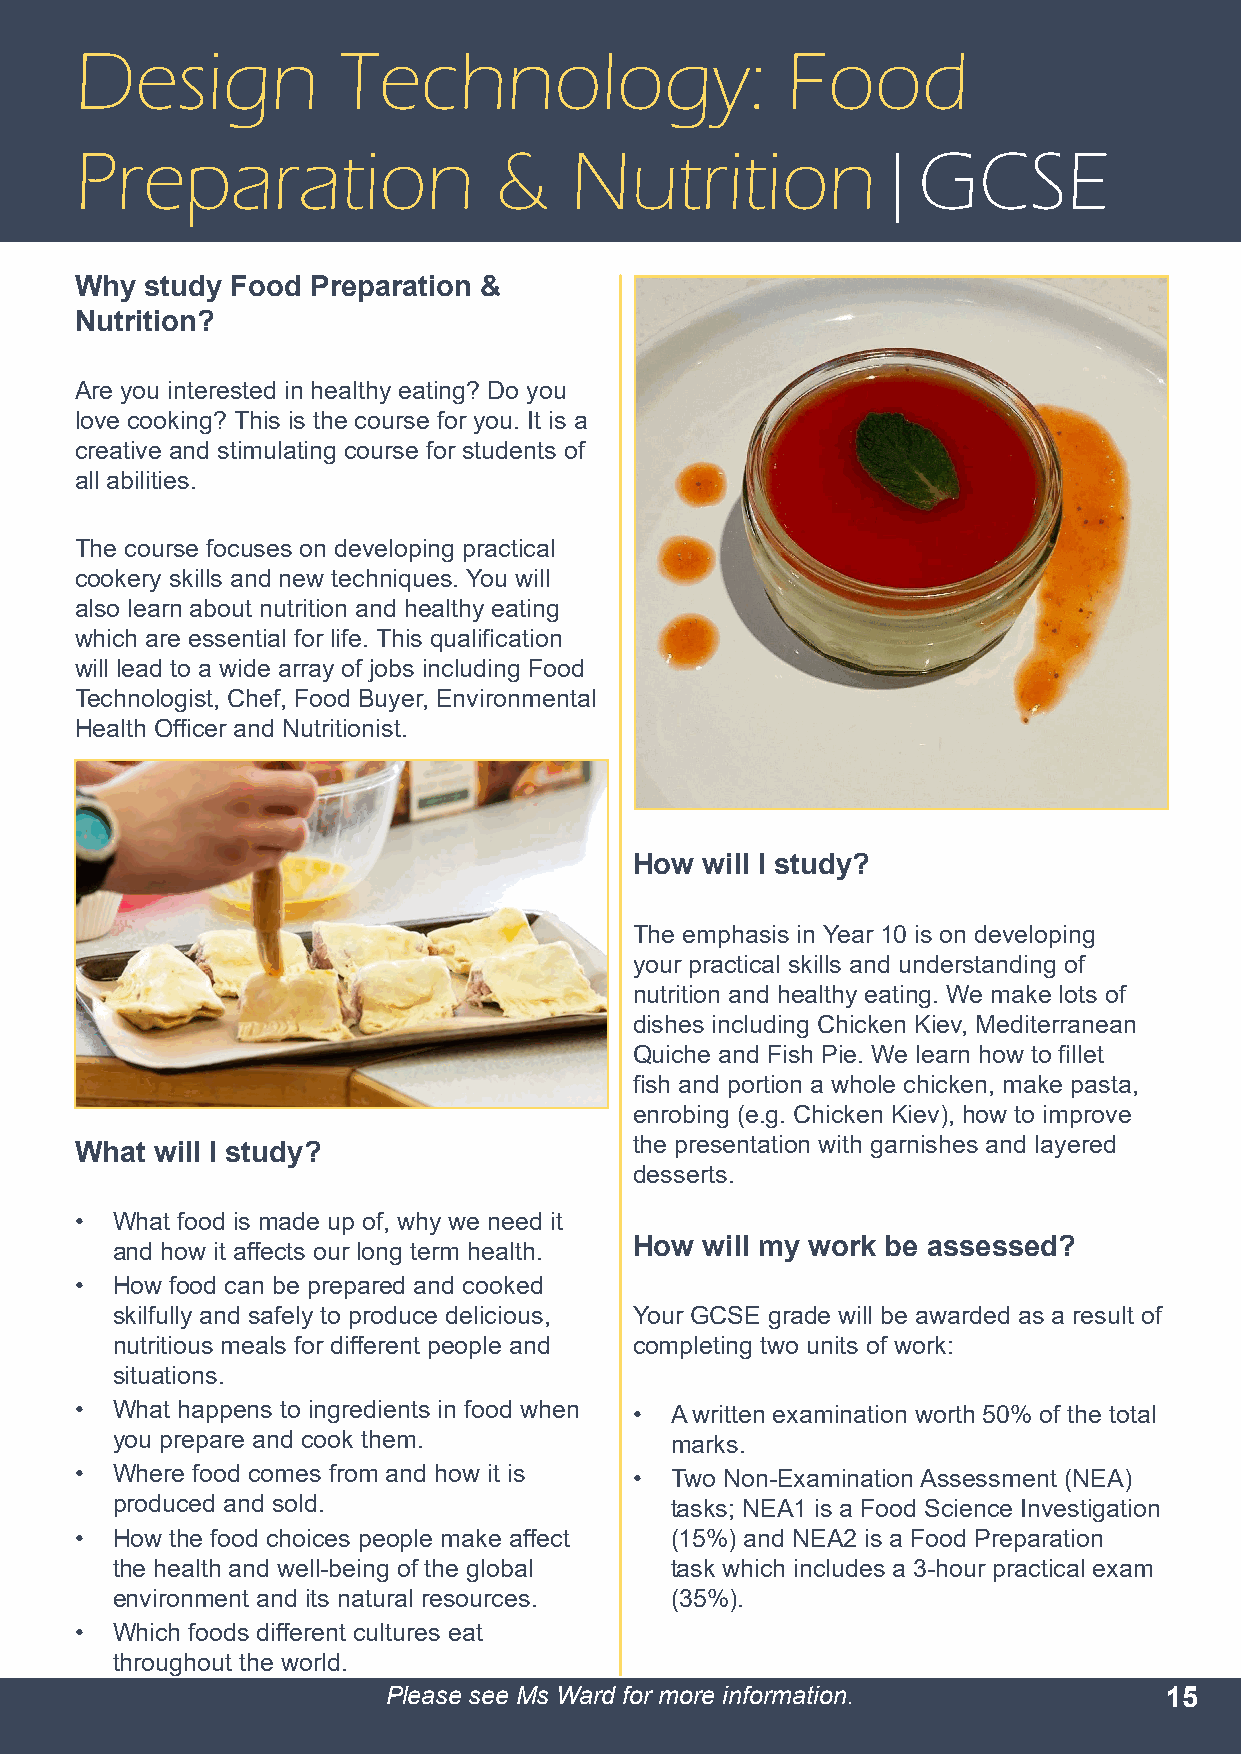
Design           Technology:                   Food
 Preparation                 &    Nutrition|GCSE
 Why  study Food Preparation &
 Nutrition?
 Are you interested in healthy eating? Do you
 love cooking? This is the course for you. It is a
 creative and stimulating course for students of
 all abilities.
 The course focuses on developing practical
 cookery skills and new techniques. You will
 also learn about nutrition and healthy eating
 which are essential for life. This qualification
 will lead to a wide array of jobs including Food
 Technologist, Chef, Food Buyer, Environmental
 Health Officer and Nutritionist.
 How will I study?
 The emphasis in Year 10 is on developing
 your practical skills and understanding of
 nutrition and healthy eating. We make lots of
 dishes including Chicken Kiev, Mediterranean
 Quiche and Fish Pie. We learn how to fillet
 fish and portion a whole chicken, make pasta,
 enrobing (e.g. Chicken Kiev), how to improve
 the presentation with garnishes and layered
 What will I study?
 desserts.
 • What food is made up of, why we need it
 and how it affects our long term health. How will my work be assessed?
 • How food can be prepared and cooked
 skilfully and safely to produce delicious, Your GCSE grade will be awarded as a result of
 nutritious meals for different people and completing two units of work:
 situations.
 • What happens to ingredients in food when • A written examination worth 50% of the total
 you prepare and cook them.           marks.
 • Where food comes from and how it is • Two Non-Examination Assessment (NEA)
 produced and sold.                   tasks; NEA1 is a Food Science Investigation
 • How the food choices people make affect (15%) and NEA2 is a Food Preparation
 the health and well-being of the global task which includes a 3-hour practical exam
 environment and its natural resources. (35%).
 • Which foods different cultures eat
 throughout the world.
 Please see Ms Ward for more information.           15